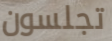
تجلسون